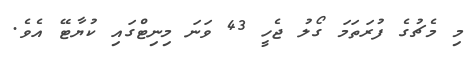
މި މެޗުގެ ފުރަތަމަ ގޯލު ޖެހީ 43 ވަނަ މިނިޓްގައި ކުޔާޓޭ އެވެ.